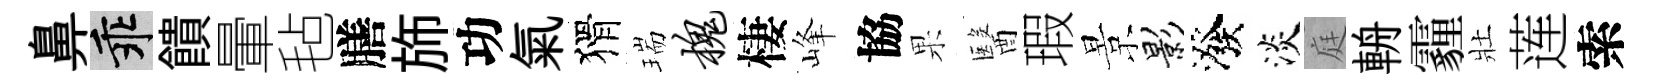
鼻乖饋暈毡膳斾功氣猾瑞槐棲峰協果醫瑕景影潑淡庭輈霾壯莲索